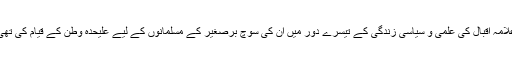
علامہ اقبال کی علمی و سیاسی زندگی کے تیسرے دور میں ان کی سوچ برصغیر کے مسلمانوں کے لیے علیحدہ وطن کے قیام کی تھی۔